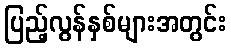
ပြည့်လွန်နှစ်များအတွင်း